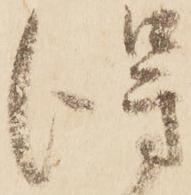
得